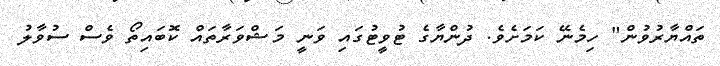
ތައްޔާރުވުން" ހިމެނޭ ކަމަށެވެ. ދުންޔާގެ ޓުވީޓުގައި ވަނީ މަޝްވަރާތައް ކޮބައިތޯ ވެސް ސުވާލު